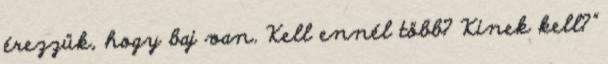
érezzük, hogy baj van. Kell ennél több? Kinek kell?”